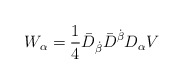
\begin{align*}W_\alpha =\frac 14\bar D_{\dot\beta}\bar D^{\dot\beta} D_\alpha V \end{align*}